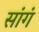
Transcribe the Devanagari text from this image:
सांगं